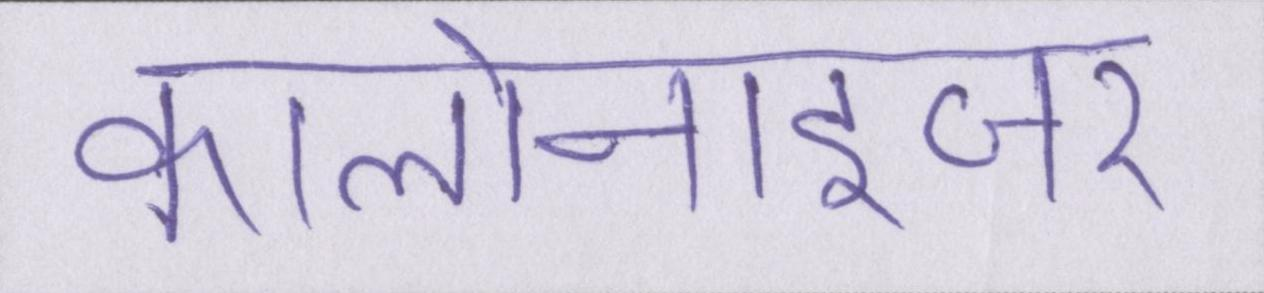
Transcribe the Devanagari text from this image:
कालोनाइजर